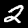
Digit: 2